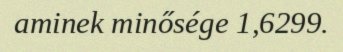
aminek minősége 1,6299.